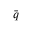
\bar { \boldsymbol { q } }